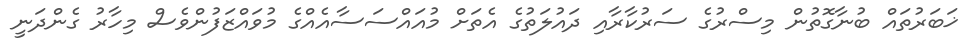
ޚަބަރުތައް ބުނާގޮތުން މިސްރުގެ ސަރުކާރާއި ދައުލަތުގެ އެތަށް މުއައްސަސާއެއްގެ މުވައްޒަފުންވެސް މިހާރު ގެންދަނީ